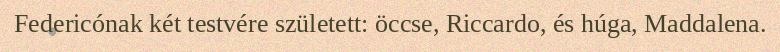
Federicónak két testvére született: öccse, Riccardo, és húga, Maddalena.